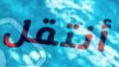
أنتقل